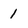
Character: 1